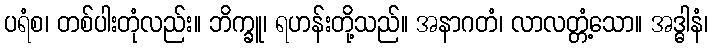
ပရံစ၊ တစ်ပါးတုံလည်း။ ဘိက္ခူ၊ ရဟန်းတို့သည်။ အနာဂတံ၊ လာလတ္တံ့သော။ အဒ္ဓါနံ၊